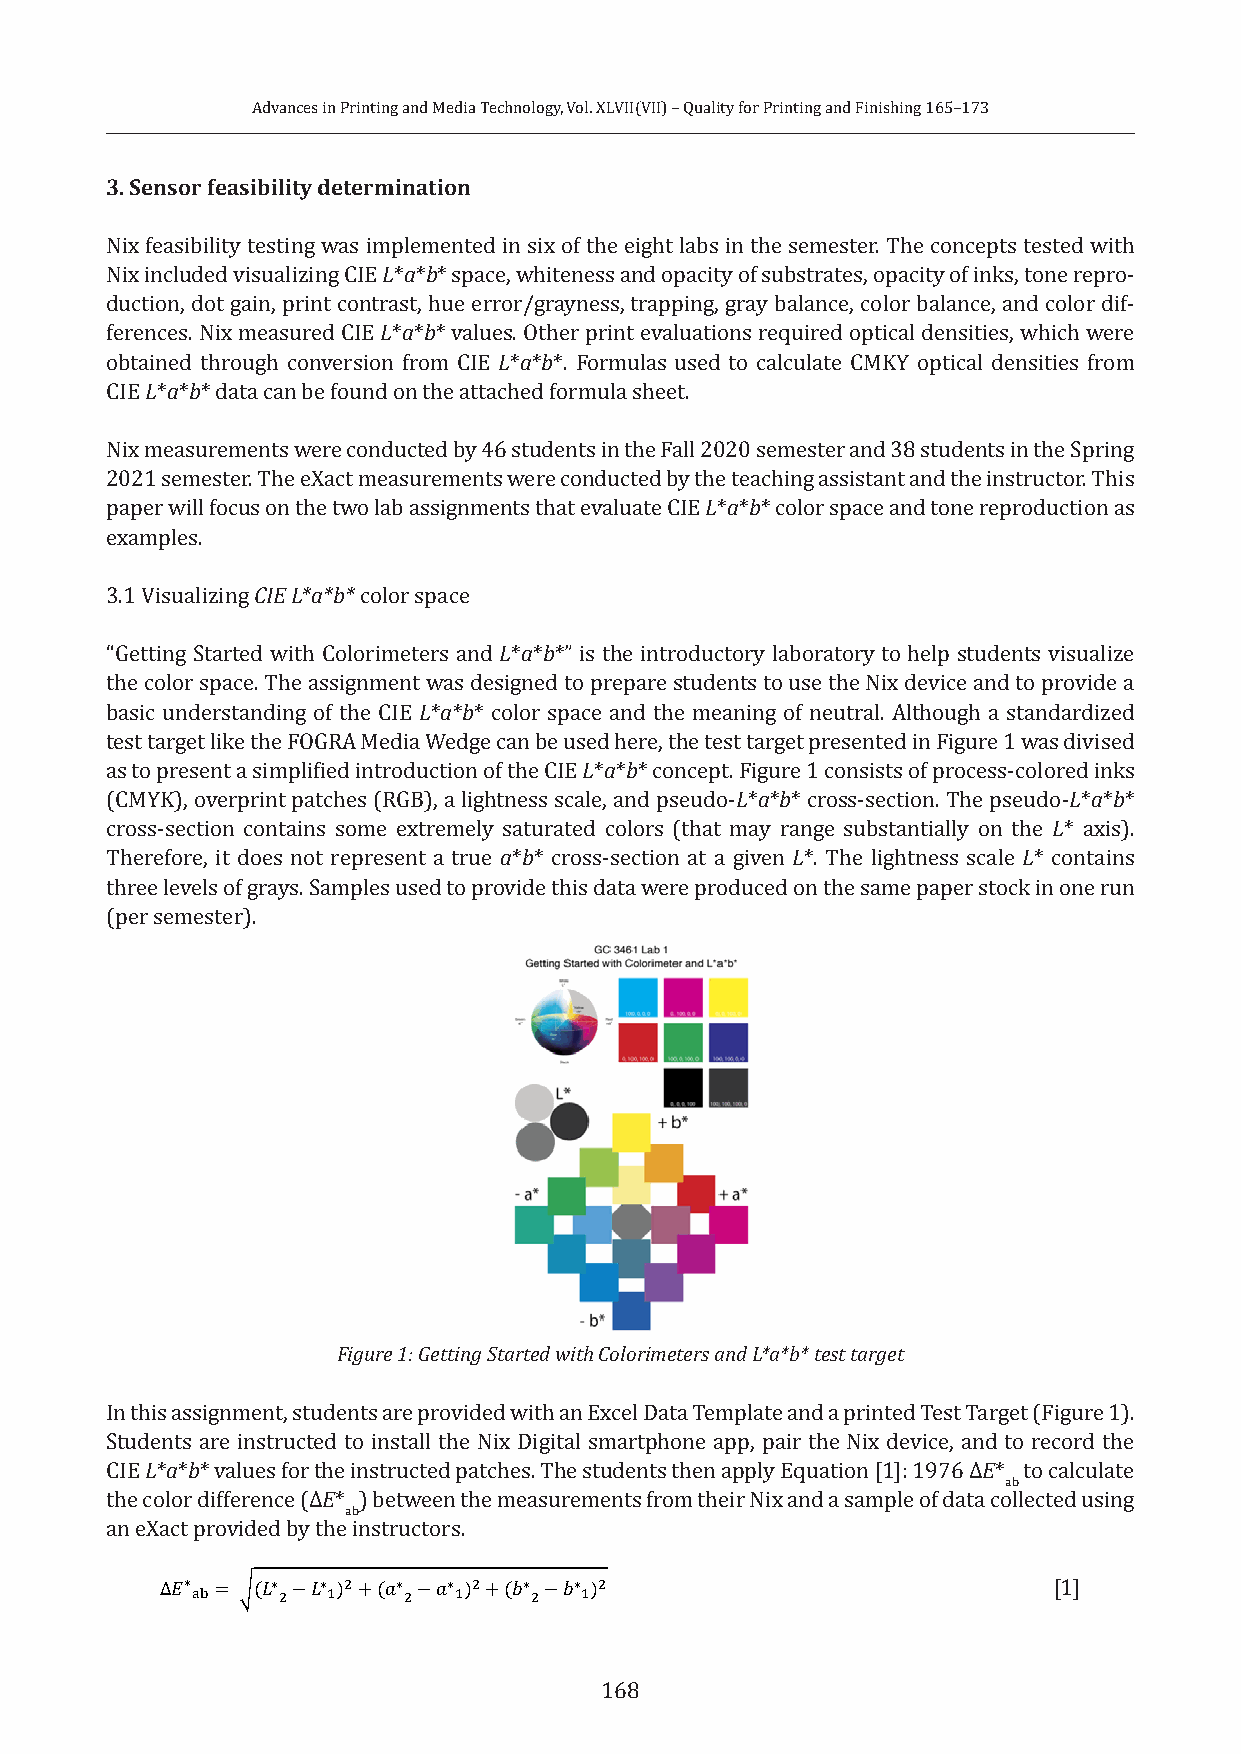
Advances in Printing and Media Technology, Vol. XLVII(VII) – Quality for Printing and Finishing 165–173
 3. Sensor feasibility determination
 Nix feasibility testing was implemented in six of the eight labs in the semester. The concepts tested with
 Nix included visualizing CIE L*a*b* space, whiteness and opacity of substrates, opacity of inks, tone repro-
 duction, dot gain, print contrast, hue error/grayness, trapping, gray balance, color balance, and color dif-
 ferences. Nix measured CIE L*a*b* values. Other print evaluations required optical densities, which were
 obtained through conversion from CIE L*a*b*. Formulas used to calculate CMKY optical densities from
 CIE L*a*b* data can be found on the attached formula sheet.
 Nix measurements were conducted by 46 students in the Fall 2020 semester and 38 students in the Spring
 2021 semester. The eXact measurements were conducted by the teaching assistant and the instructor. This
 paper will focus on the two lab assignments that evaluate CIE L*a*b* color space and tone reproduction as
 examples.
 3.1 Visualizing CIE L*a*b* color space
 “Getting Started with Colorimeters and L*a*b*” is the introductory laboratory to help students visualize
 the color space. The assignment was designed to prepare students to use the Nix device and to provide a
 basic understanding of the CIE L*a*b* color space and the meaning of neutral. Although a standardized
 test target like the FOGRA Media Wedge can be used here, the test target presented in Figure 1 was divised
 as to present a simplified introduction of the CIE L*a*b* concept. Figure 1 consists of process-colored inks
 (CMYK), overprint patches (RGB), a lightness scale, and pseudo-L*a*b* cross-section. The pseudo-L*a*b*
 cross-section contains some extremely saturated colors (that may range substantially on the L* axis).
 Therefore, it does not represent a true a*b* cross-section at a given L*. The lightness scale L* contains
 three levels of grays. Samples used to provide this data were produced on the same paper stock in one run
 (per semester).
 Figure 1: Getting Started with Colorimeters and L*a*b* test target
 In this assignment, students are provided with an Excel Data Template and a printed Test Target (Figure 1).
 Students are instructed to install the Nix Digital smartphone app, pair the Nix device, and to record the
 CIE L*a*b* values for the instructed patches. The students then apply Equation [1]: 1976 ΔE* to calculate
 ab
 the color difference (ΔE* ) between the measurements from their Nix and a sample of data collected using
 ab
 an eXact provided by the instructors.
 [1]
 ∗     ∗  ∗ $  ∗   ∗ $  ∗  ∗ $
 Δ𝐸𝐸 "# = %(𝐿𝐿 $−𝐿𝐿%) +(𝑎𝑎 $−𝑎𝑎 %) +(𝑏𝑏 $−𝑏𝑏 %)
 168